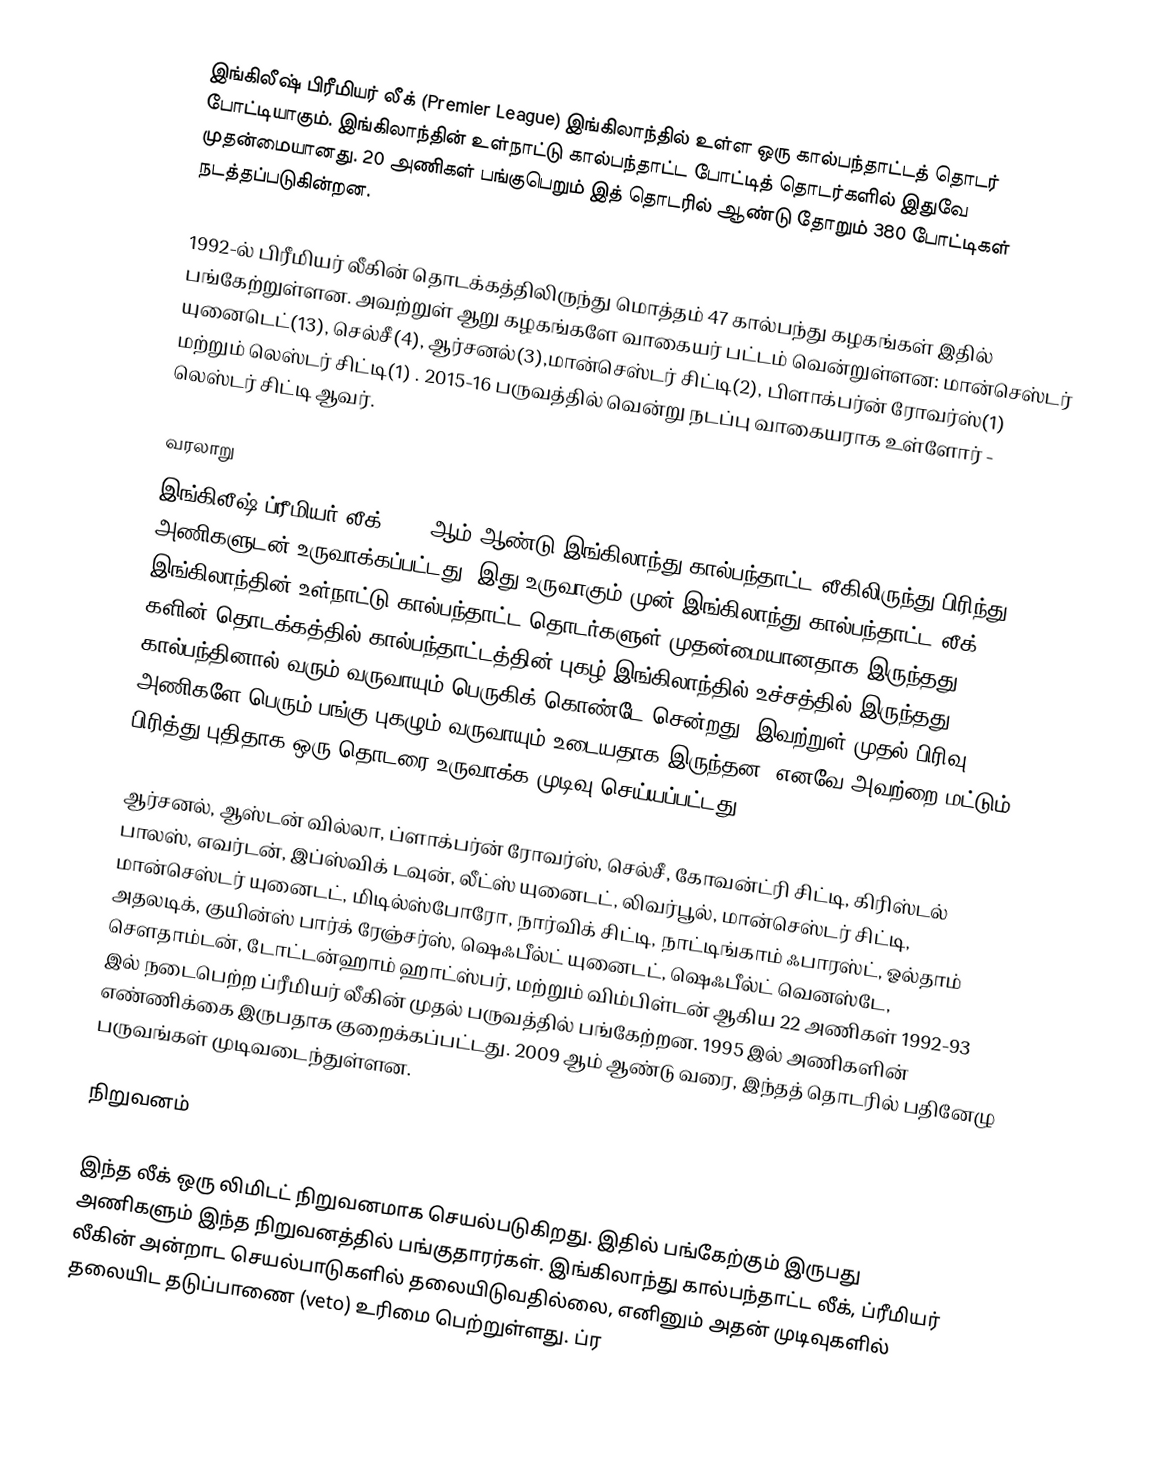
இங்கிலீஷ் பிரீமியர் லீக் (Premier League) இங்கிலாந்தில் உள்ள ஒரு கால்பந்தாட்டத் தொடர் போட்டியாகும். இங்கிலாந்தின் உள்நாட்டு கால்பந்தாட்ட போட்டித் தொடர்களில் இதுவே முதன்மையானது. 20 அணிகள் பங்குபெறும் இத் தொடரில் ஆண்டு தோறும் 380 போட்டிகள் நடத்தப்படுகின்றன.

1992-ல் பிரீமியர் லீகின் தொடக்கத்திலிருந்து மொத்தம் 47 கால்பந்து கழகங்கள் இதில் பங்கேற்றுள்ளன.  அவற்றுள் ஆறு கழகங்களே வாகையர் பட்டம் வென்றுள்ளன: மான்செஸ்டர் யுனைடெட்(13), செல்சீ(4), ஆர்சனல்(3),மான்செஸ்டர் சிட்டி(2), பிளாக்பர்ன் ரோவர்ஸ்(1) மற்றும் லெஸ்டர் சிட்டி(1) . 2015-16 பருவத்தில் வென்று நடப்பு வாகையராக உள்ளோர் - லெஸ்டர் சிட்டி ஆவர்.

வரலாறு
இங்கிலீஷ் ப்ரீமியர் லீக் 1992 ஆம் ஆண்டு இங்கிலாந்து கால்பந்தாட்ட லீகிலிருந்து பிரிந்து 22 அணிகளுடன் உருவாக்கப்பட்டது. இது உருவாகும் முன் இங்கிலாந்து கால்பந்தாட்ட லீக் இங்கிலாந்தின் உள்நாட்டு கால்பந்தாட்ட தொடர்களுள் முதன்மையானதாக இருந்தது. 1990 களின் தொடக்கத்தில் கால்பந்தாட்டத்தின் புகழ் இங்கிலாந்தில் உச்சத்தில் இருந்தது. கால்பந்தினால் வரும் வருவாயும் பெருகிக் கொண்டே சென்றது. இவற்றுள் முதல் பிரிவு அணிகளே பெரும் பங்கு புகழும் வருவாயும் உடையதாக இருந்தன. எனவே அவற்றை மட்டும் பிரித்து புதிதாக ஒரு தொடரை உருவாக்க முடிவு செய்யப்பட்டது.

ஆர்சனல், ஆஸ்டன் வில்லா, ப்ளாக்பர்ன் ரோவர்ஸ், செல்சீ, கோவன்ட்ரி சிட்டி, கிரிஸ்டல் பாலஸ், எவர்டன், இப்ஸ்விக் டவுன், லீட்ஸ் யுனைடட், லிவர்பூல், மான்செஸ்டர் சிட்டி, மான்செஸ்டர் யுனைடட், மிடில்ஸ்போரோ, நார்விக் சிட்டி, நாட்டிங்காம் ஃபாரஸ்ட், ஓல்தாம் அதலடிக், குயின்ஸ் பார்க் ரேஞ்சர்ஸ், ஷெஃபீல்ட் யுனைடட், ஷெஃபீல்ட் வெனஸ்டே, செளதாம்டன், டோட்டன்ஹாம் ஹாட்ஸ்பர், மற்றும் விம்பிள்டன் ஆகிய 22 அணிகள் 1992-93 இல் நடைபெற்ற ப்ரீமியர் லீகின் முதல் பருவத்தில் பங்கேற்றன. 1995 இல் அணிகளின் எண்ணிக்கை இருபதாக குறைக்கப்பட்டது. 2009 ஆம் ஆண்டு வரை, இந்தத் தொடரில் பதினேழு பருவங்கள் முடிவடைந்துள்ளன.

நிறுவனம்

இந்த லீக் ஒரு லிமிடட் நிறுவனமாக செயல்படுகிறது. இதில் பங்கேற்கும் இருபது அணிகளும் இந்த நிறுவனத்தில் பங்குதாரர்கள். இங்கிலாந்து கால்பந்தாட்ட லீக், ப்ரீமியர் லீகின் அன்றாட செயல்பாடுகளில் தலையிடுவதில்லை, எனினும் அதன் முடிவுகளில் தலையிட தடுப்பாணை (veto) உரிமை பெற்றுள்ளது. ப்ர